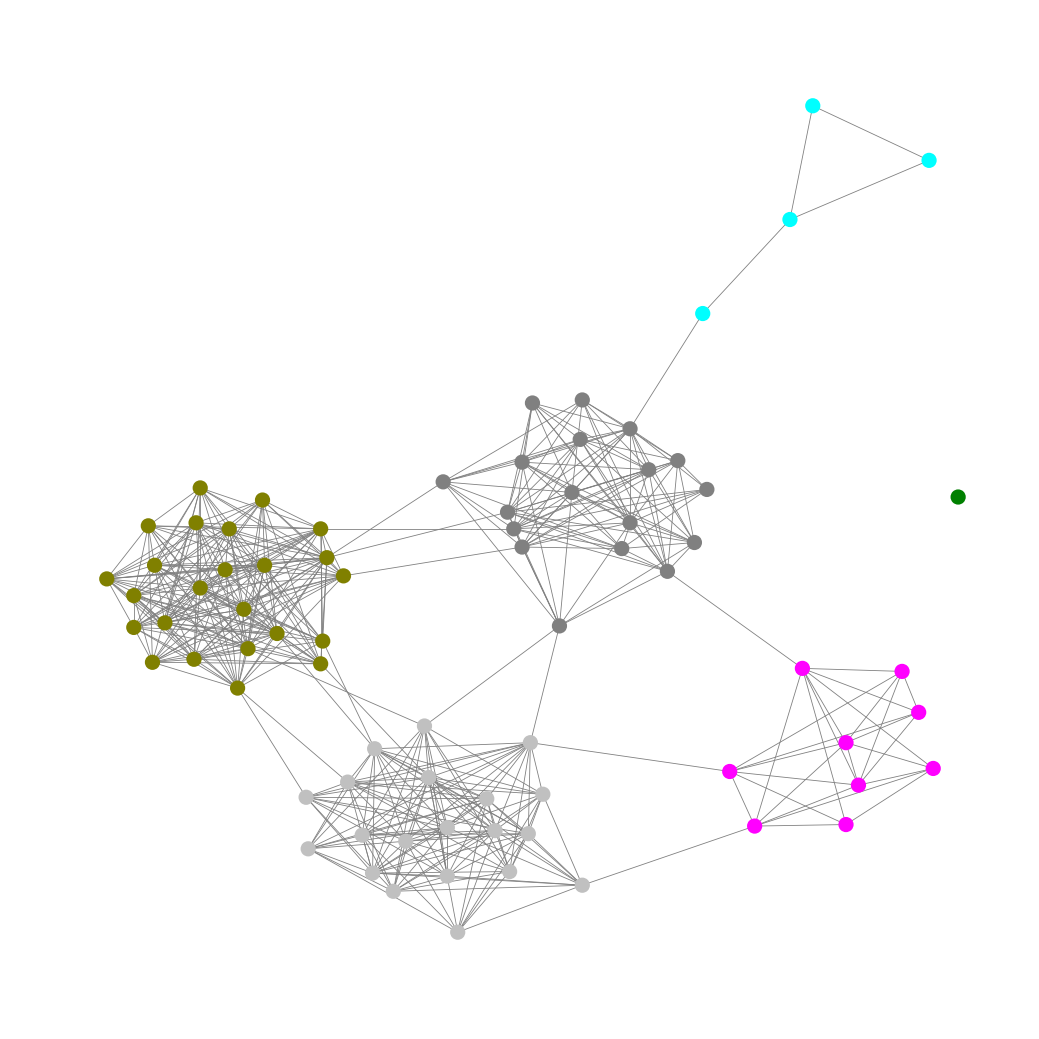
Graph connected: No
Number of connected components: 2
Number of singletons: 1
Total number of nodes: 76
Total number of edges: 469
Number of communities: 6
Community sizes:
Aqua: 4
Fuchsia: 9
Gray: 18
Green: 1
Olive: 24
Silver: 20
Graph layout: tda
Graph generation method: erdos_renyi